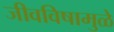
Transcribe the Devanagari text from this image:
जीवविषामुळे